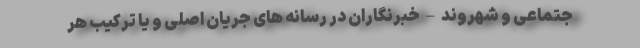
جتماعی و شهروند – خبرنگاران در رسانه های جریان اصلی و یا ترکیب هر